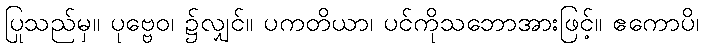
ပြုသည်မှ။ ပုဗ္ဗေဝ၊ ၌လျှင်။ ပကတိယာ၊ ပင်ကိုသဘောအားဖြင့်။ ဧကောပိ၊